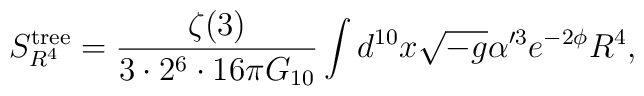
S^{\rm tree}_{R^4}=\frac{\zeta(3)}{3\cdot 2^6\cdot 16\pi G_{10}}   \int d^{10}x\sqrt{-g}\alpha'^3 e^{-2\phi}R^4,